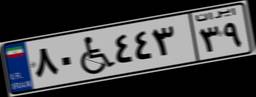
۱۴W۷۰۴۱۹